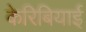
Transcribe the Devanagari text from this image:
केरिबियाई